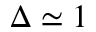
\Delta \simeq 1